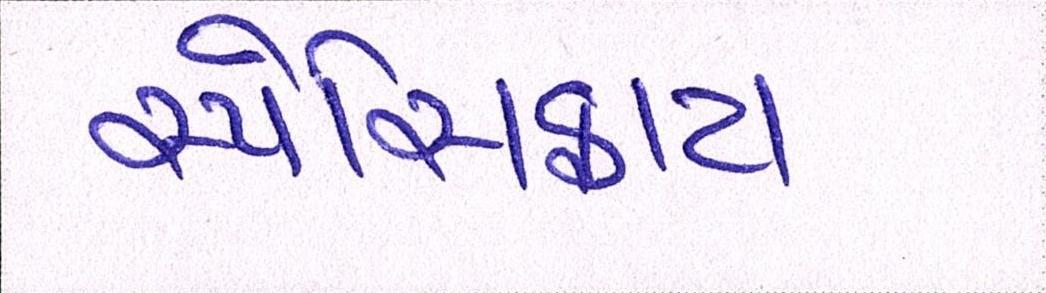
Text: સ્પેસિફાય